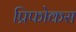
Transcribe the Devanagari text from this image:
प्रिफोकस